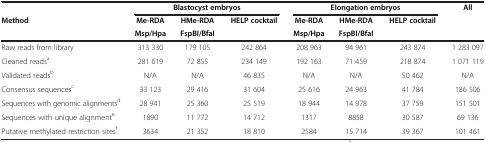
<table><thead><tr><td><b> </b></td><td colspan="3"><b>Blastocyst embryos</b></td><td colspan="3"><b>Elongation embryos</b></td><td><b>All</b></td></tr><tr><td rowspan="2"><b>Method</b></td><td><b>Me-RDA</b></td><td><b>HMe-RDA</b></td><td rowspan="2"><b>HELP cocktail</b></td><td><b>Me-RDA</b></td><td><b>HMe-RDA</b></td><td rowspan="2"><b>HELP cocktail</b></td><td rowspan="2"><b> </b></td></tr><tr><td><b>Msp/Hpa</b></td><td><b>FspBI/BfaI</b></td><td><b>Msp/Hpa</b></td><td><b>FspBI/BfaI</b></td></tr></thead><tbody><tr><td>Raw reads from library</td><td>313 330</td><td>179 105</td><td>242 864</td><td>208 963</td><td>94 961</td><td>243 874</td><td>1 283 097</td></tr><tr><td>Cleaned reads<sup>a</sup></td><td>281 619</td><td>72 855</td><td>234 149</td><td>192 163</td><td>71 459</td><td>218 874</td><td>1 071 119</td></tr><tr><td>Validated reads<sup>b</sup></td><td>N/A</td><td>N/A</td><td>46 835</td><td>N/A</td><td>N/A</td><td>50 462</td><td>N/A</td></tr><tr><td>Consensus sequences<sup>c</sup></td><td>33 123</td><td>29 416</td><td>31 604</td><td>25 616</td><td>24 963</td><td>41 784</td><td>186 506</td></tr><tr><td>Sequences with genomic alignments<sup>d</sup></td><td>28 941</td><td>25 360</td><td>25 519</td><td>18 944</td><td>14 978</td><td>37 759</td><td>151 501</td></tr><tr><td>Sequences with unique alignment<sup>e</sup></td><td>1890</td><td>11 772</td><td>14 712</td><td>1317</td><td>8858</td><td>30 587</td><td>69 136</td></tr><tr><td>Putative methylated restriction sites<sup>f</sup></td><td>3634</td><td>21 352</td><td>18 810</td><td>2584</td><td>15 714</td><td>39 367</td><td>101 461</td></tr></tbody></table>